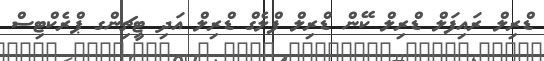
ޑްރިލް ރައިފަލް ޑްރިލް ކޭން ޑްރިލް ފްލެގް ޑްރިލް އަދި ޓީޗިންގ ޕްރެކްޓިސް